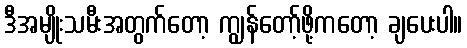
ဒီအမျိုးသမီးအတွက်တော့ ကျွန်တော့်ဖို့ကတော့ ချပေးပါ။